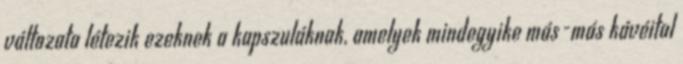
változata létezik ezeknek a kapszuláknak, amelyek mindegyike más-más kávéital